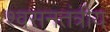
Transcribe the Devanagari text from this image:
श्वसनतंत्रीय